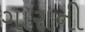
ગારાની